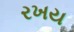
રખય